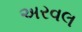
અરવલ